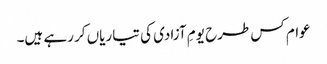
عوام کس طرح یومِ آزادی کی تیاریاں کر رہے ہیں۔